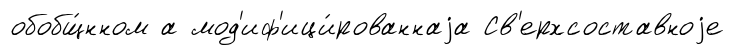
обобщ́нном а мод'иф'ици́рованнаjа Св'ерхсоставноjе